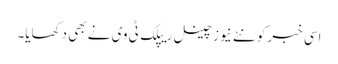
اسی خبر کو نئے نیوز چینل ریپلک ٹی وی نے بھی دکھایا۔